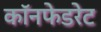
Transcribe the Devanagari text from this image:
कॉनफेडरेट